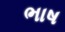
ભાષ